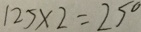
1 2 5 \times 2 = 2 5 0